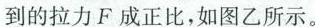
到的拉力F成正比，如图乙所示。